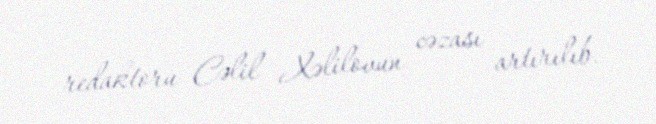
redaktoru Cəlil Xəlilovun cəzası artırılıb.